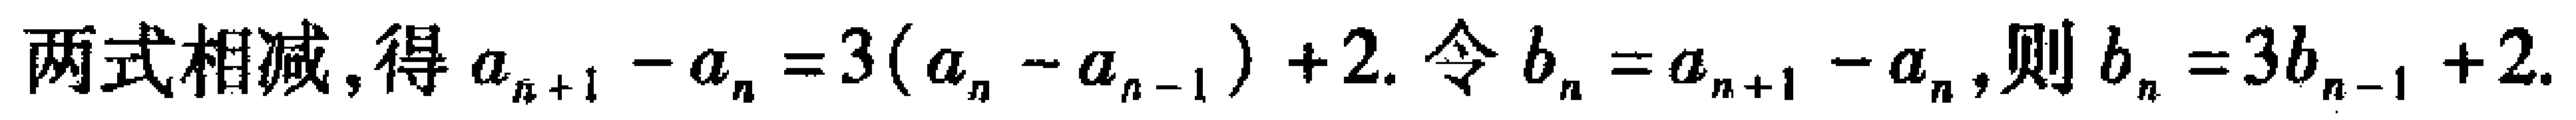
两式相减,得\(a_{n + 1} - a_{n} = 3(a_{n} - a_{n - 1}) + 2\). 令\(b_{n} = a_{n + 1} - a_{n}\),则\(b_{n} = 3b_{n - 1} + 2\).